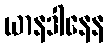
ယာနဒါနေန